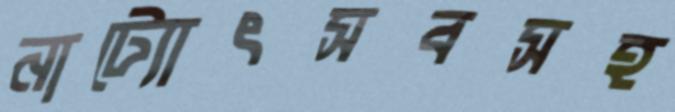
নাট্যোৎসবসহ